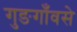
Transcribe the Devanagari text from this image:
गुङगाँवसे